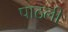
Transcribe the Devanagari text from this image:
पाठली